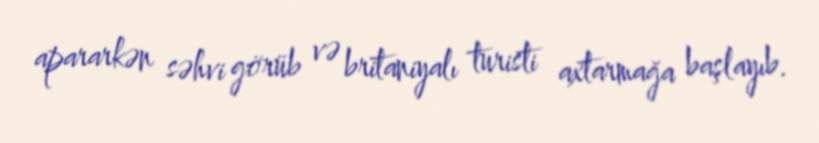
apararkən səhvi görüb və britaniyalı turisti axtarmağa başlayıb.